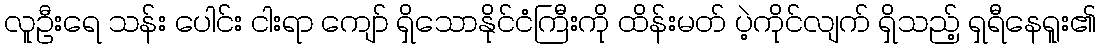
လူဦးရေ သန်း ပေါင်း ငါးရာ ကျော် ရှိသောနိုင်ငံကြီးကို ထိန်းမတ် ပဲ့ကိုင်လျက် ရှိသည့် ရှရီနေရူး၏